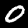
Digit: 0